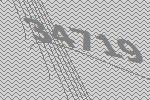
34719